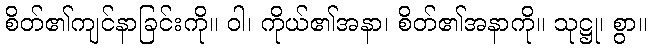
စိတ်၏ကျင်နာခြင်းကို။ ဝါ၊ ကိုယ်၏အနာ၊ စိတ်၏အနာကို။ သုဋ္ဌု၊ စွာ။